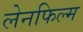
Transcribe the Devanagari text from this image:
लेनफिल्म